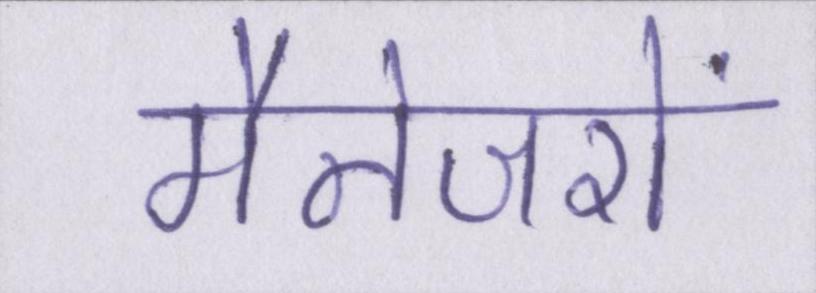
मैनेजरों